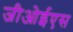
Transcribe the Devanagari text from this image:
जीओईएस